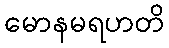
မောနမရဟတိ